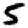
Digit: 5